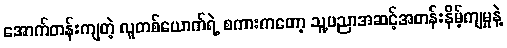
အောက်တန်းကျတဲ့ လူတစ်ယောက်ရဲ့ စကားကတော့ သူ့ပညာအဆင့်အတန်းနိမ့်ကျမှုနဲ့